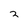
Character: 3